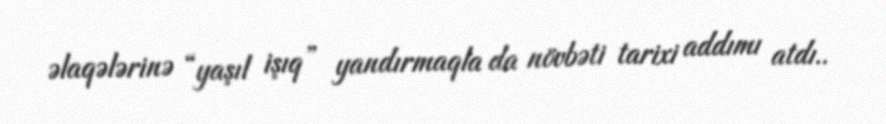
əlaqələrinə “yaşıl işıq” yandırmaqla da növbəti tarixi addımı atdı..